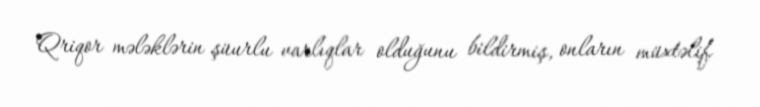
Qriqor mələklərin şüurlu varlıqlar olduğunu bildirmiş, onların müxtəlif